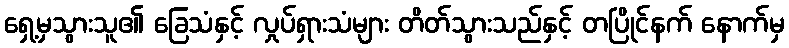
ရှေ့မှသွားသူ၏ ခြေသံနှင့် လှုပ်ရှားသံများ တိတ်သွားသည်နှင့် တပြိုင်နက် နောက်မှ